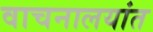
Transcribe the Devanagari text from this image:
वाचनालयांत